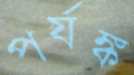
পর্যঙ্ক